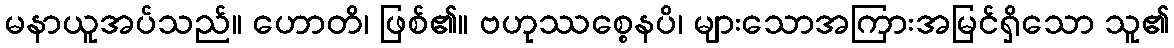
မနာယူအပ်သည်။ ဟောတိ၊ ဖြစ်၏။ ဗဟုဿစ္စေနပိ၊ များသောအကြားအမြင်ရှိသော သူ၏